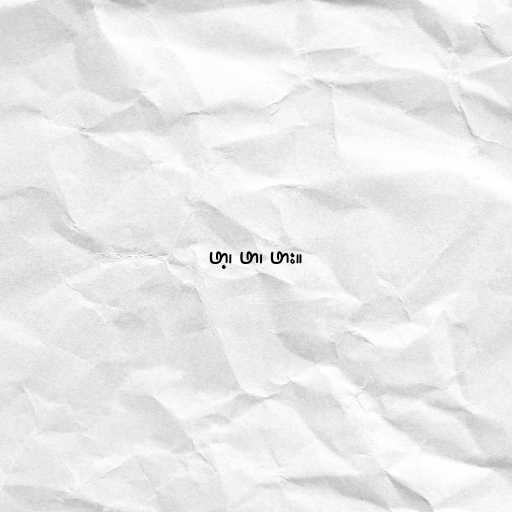
ဖာ့၊ ဖာ၊ ဖား။